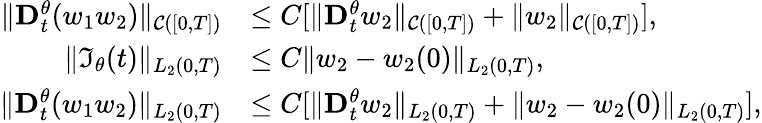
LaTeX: \begin{array}{rl}{\| \mathbf{D}_{t}^{\theta}(w_{1}w_{2})\| _{\mathcal{C}([0,T])}}&{\leq C[\| \mathbf{D}_{t}^{\theta}w_{2}\| _{\mathcal{C}([0,T])}+\| w_{2}\| _{\mathcal{C}([0,T])}],}\\ {\| \mathfrak{I}_{\theta}(t)\| _{L_{2}(0,T)}}&{\leq C\| w_{2}-w_{2}(0)\| _{L_{2}(0,T)},}\\ {\| \mathbf{D}_{t}^{\theta}(w_{1}w_{2})\| _{L_{2}(0,T)}}&{\leq C[\| \mathbf{D}_{t}^{\theta}w_{2}\| _{L_{2}(0,T)}+\| w_{2}-w_{2}(0)\| _{L_{2}(0,T)}],}\end{array}